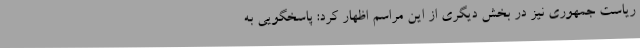
ریاست جمهوری نیز در بخش دیگری از این مراسم اظهار کرد: پاسخگویی به